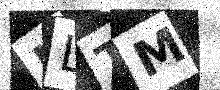
Text: JLTM